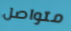
متواصل